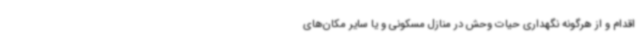
اقدام و از هرگونه نگهداری حیات وحش در منازل مسکونی و یا سایر مکان‌های